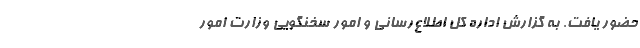
حضور یافت. به گزارش اداره کل اطلاع‌رسانی و امور سخنگویی وزارت امور